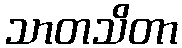
သာတသိတာ